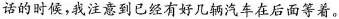
话的时候，我注意到已经有好几辆汽车在后面等着。